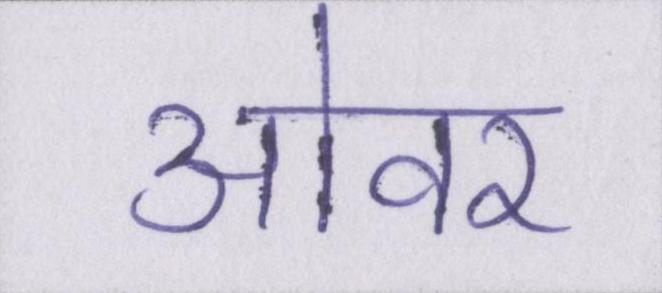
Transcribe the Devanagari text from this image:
ओवर